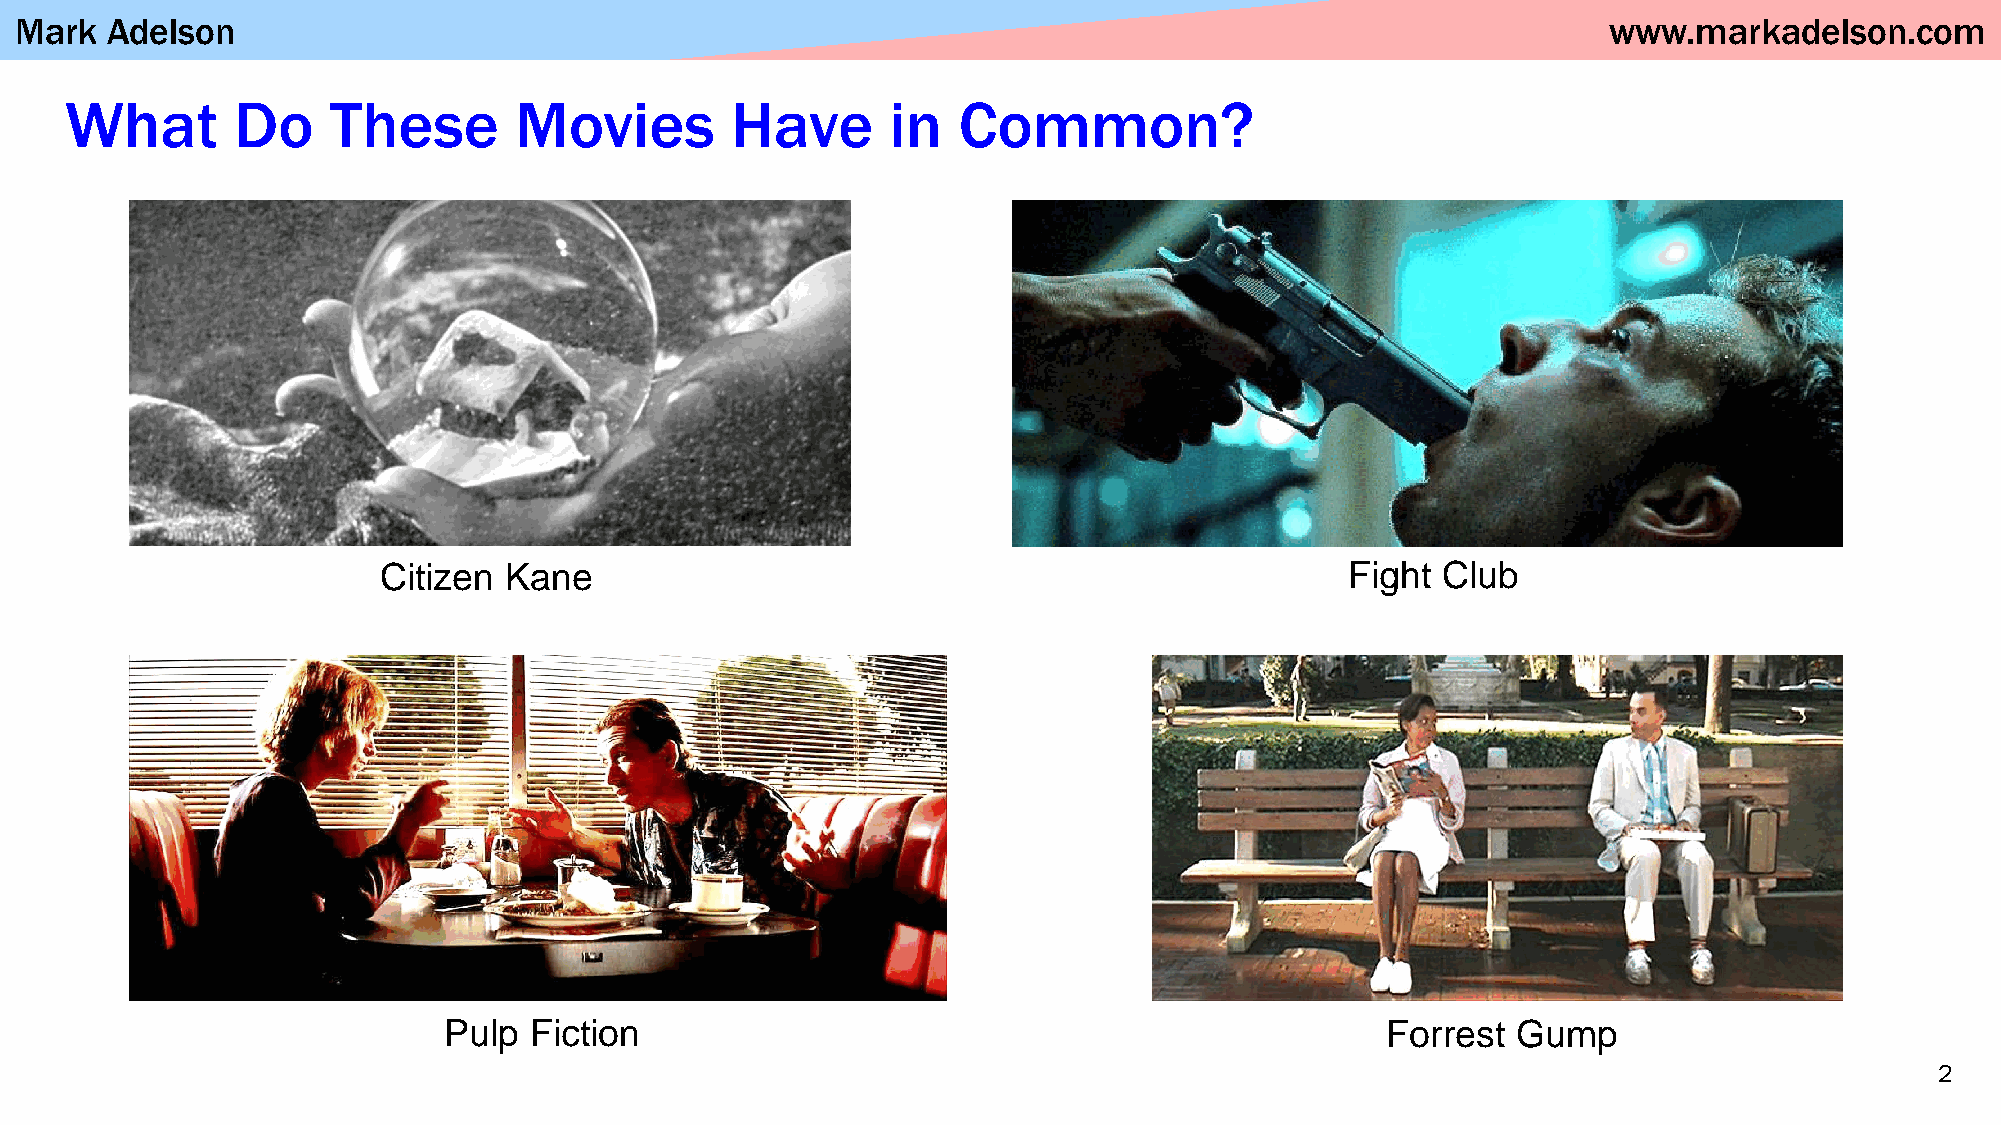
Mark  Adelson                                                                                            www.markadelson.com
 What        Do    These       Movies        Have       in  Common?
 Citizen Kane                                                    Fight Club
 Pulp  Fiction                                                  Forrest Gump
 2